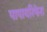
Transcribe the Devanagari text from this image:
पापायरिफेरा